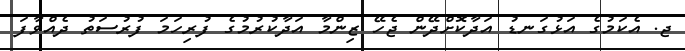
ޖ. އެކަމުގެ އަޅުގަނޑު އަދާކޮށްދޭން ޖެހޭ ޒިންމާ އަދާކުރުމުގެ ފުރިހަމަ ފުރުސަތު ދެއްވާފަ